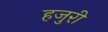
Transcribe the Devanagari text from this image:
हजुरी